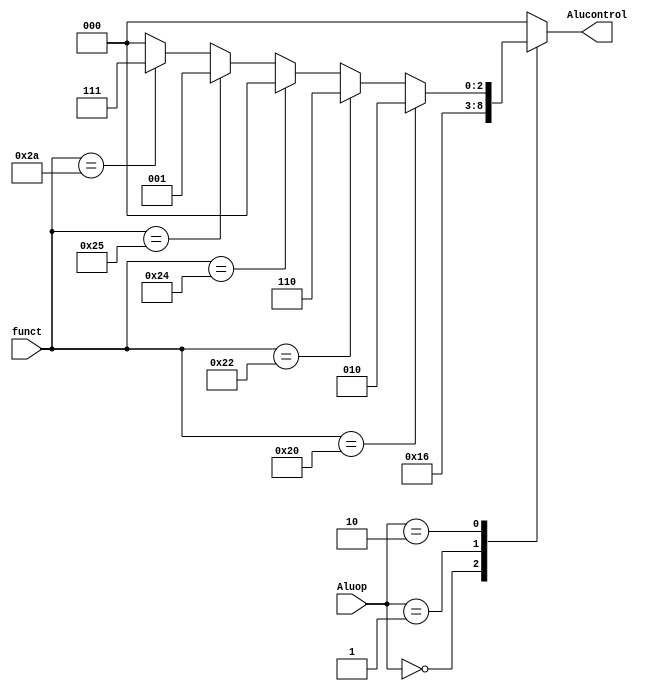
`timescale 1ns / 1ps
//////////////////////////////////////////////////////////////////////////////////
// Company: 
// Engineer: 
// 
// Design Name: 
// Module Name: alu_decoder
// Project Name: 
// Target Devices: 
// Tool Versions: 
// Description: 
// 
// Dependencies: 
// 
// Revision:
// Revision 0.01 - File Created
// Additional Comments:
// 
//////////////////////////////////////////////////////////////////////////////////

module alu_decoder (
    input wire [5:0]      funct,
    input wire [1:0]      Aluop,
    output wire [2:0]     Alucontrol
);
reg [2:0]           aluctrl_reg;

assign  Alucontrol = aluctrl_reg;

always @(*) begin
    case (Aluop)
    2'b00: begin
        aluctrl_reg <= 3'b010;//lwsw
    end 
    2'b01: begin
        aluctrl_reg <= 3'b110;//beq
    end
    2'b10: begin//R
        aluctrl_reg <= (funct == 6'b100000) ? 3'b010 ://add
                       (funct == 6'b100010) ? 3'b110 ://sub
                       (funct == 6'b100100) ? 3'b000 ://and
                       (funct == 6'b100101) ? 3'b001 ://or
                       (funct == 6'b101010) ? 3'b111 ://slt
                       3'b000;
    end
    default: begin
        aluctrl_reg <= 3'b000;
    end
endcase
end
    
endmodule